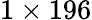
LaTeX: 1\times 196